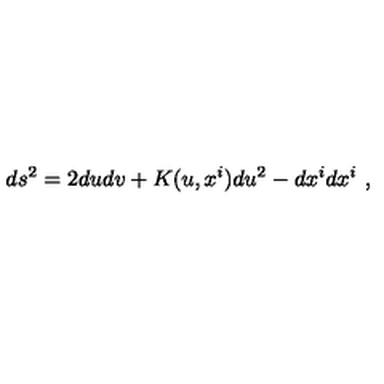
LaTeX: d s ^ { 2 } = 2 d u d v + K ( u , x ^ { i } ) d u ^ { 2 } - d x ^ { i } d x ^ { i } \ ,